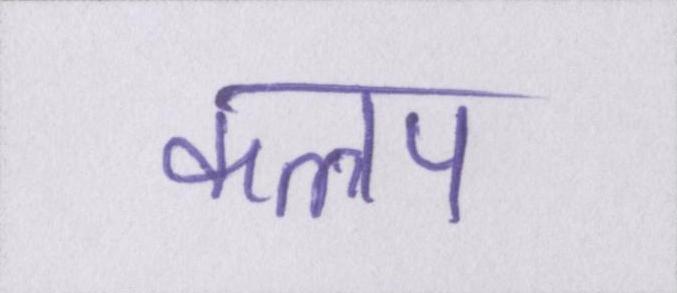
कलप